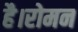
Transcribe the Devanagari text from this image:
है।रोमन